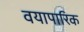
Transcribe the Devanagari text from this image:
वयापारिक